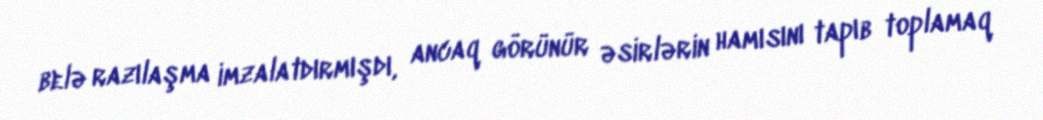
belə razılaşma imzalatdırmışdı, ancaq görünür əsirlərin hamısını tapıb toplamaq